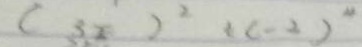
( 3 2 ) ^ { 2 } ( c - 2 ) ^ { 4 }